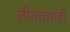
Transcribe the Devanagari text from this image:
जीवांच्याही